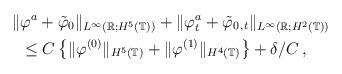
LaTeX: \begin{align*}\Vert &\varphi^a+\tilde{\varphi}_0\Vert_{L^\infty(\mathbb R;H^5(\mathbb T))}+\Vert\varphi^a_t +\tilde{\varphi}_{0\,,t}\Vert_{L^\infty(\mathbb R;H^2(\mathbb T))}\\&\le C\left\{\Vert\varphi^{(0)}\Vert_{H^5(\mathbb T)}+\Vert\varphi^{(1)}\Vert_{H^4(\mathbb T)}\right\}+\delta/C\,,\end{align*}